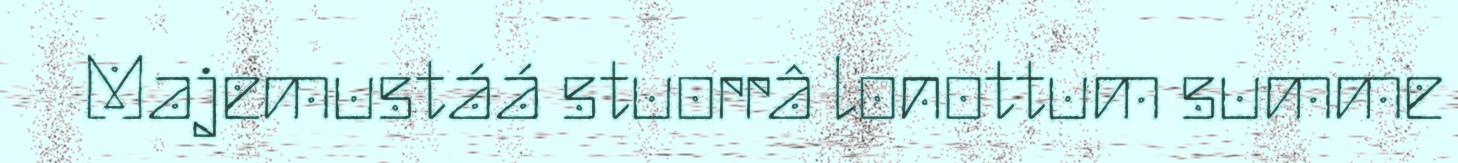
Majemustáá stuorrâ lonottum summe